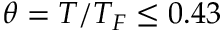
\theta = T / T _ { F } \leq 0 . 4 3